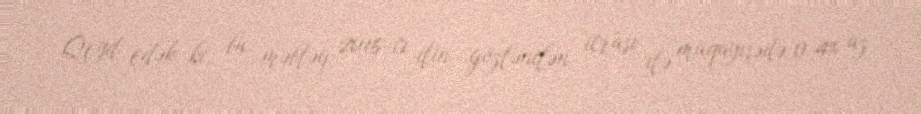
Qeyd edək ki, bu məbləğ 2016-cı ilin gözlənilən icrası ilə müqayisədə 0,4% az